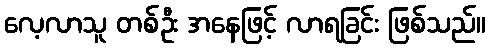
လေ့လာသူ တစ်ဦး အနေဖြင့် လာရခြင်း ဖြစ်သည်။